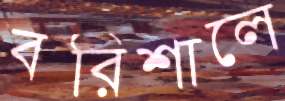
বরিশালে